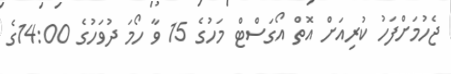
ޖެހުމަށްފަހު ކުރިއަށް އޮތް އޯގަސްޓް މަހުގެ 15 ވާ ހޯމަ ދުވަހުގެ 14:00ގެ